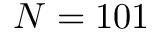
N = 1 0 1